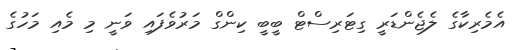
އެމެރިކާގެ ލެޖެންޑަރީ ގިޓަރިސްޓް ބީބީ ކިންގް މަރުވެފައި ވަނީ މި މެއި މަހުގެ